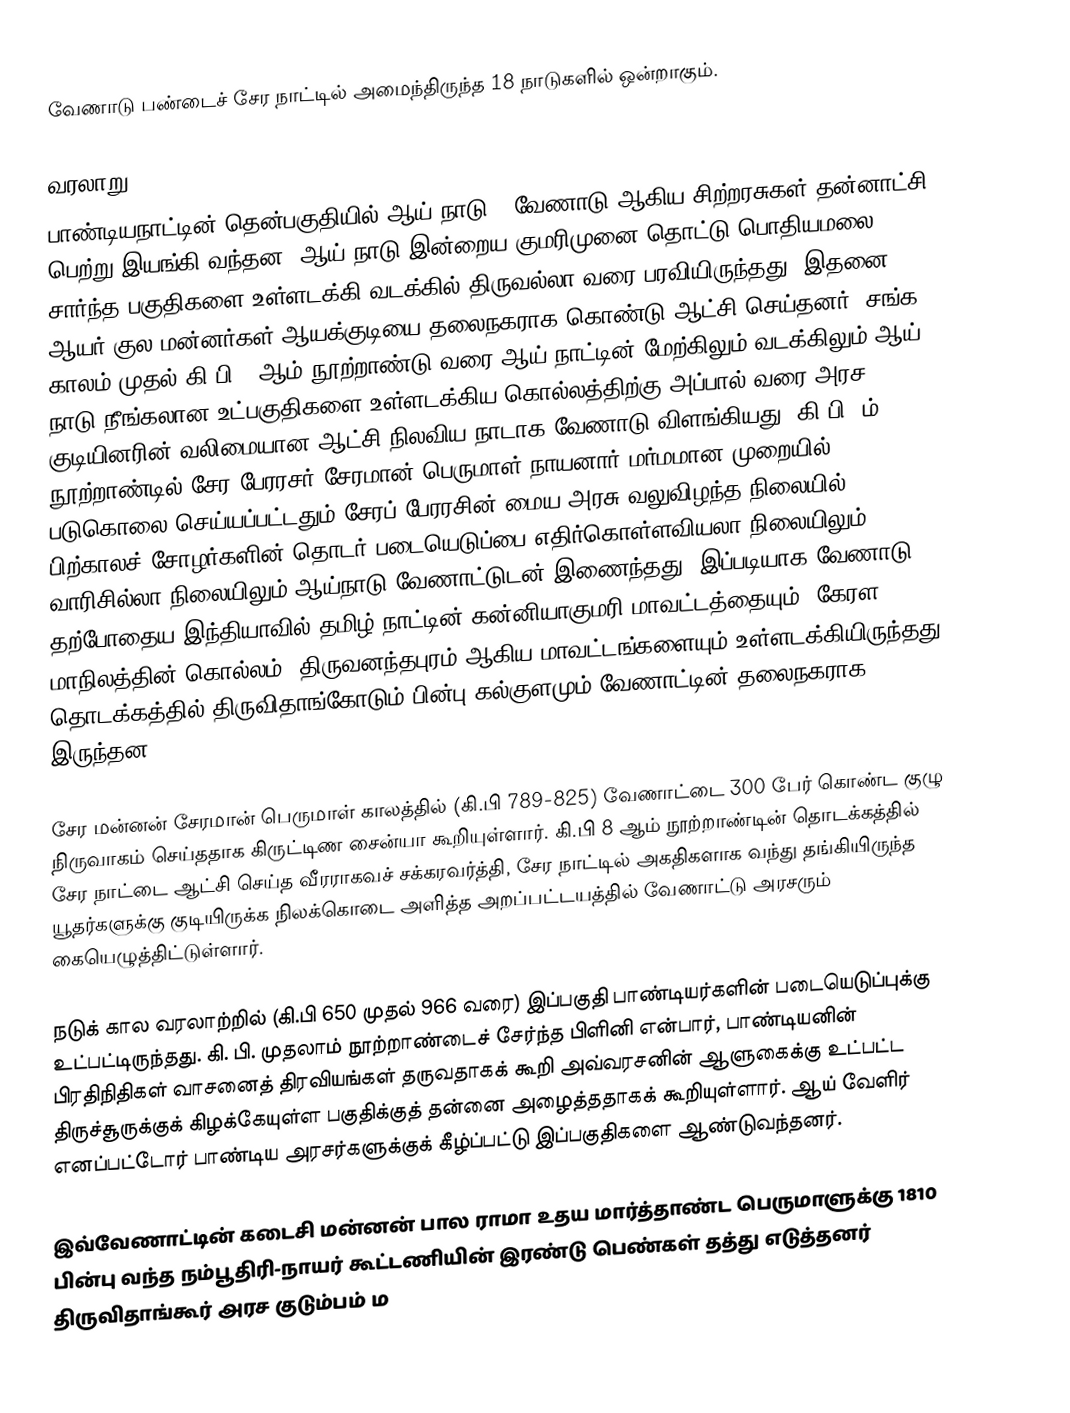
வேணாடு பண்டைச் சேர நாட்டில் அமைந்திருந்த 18 நாடுகளில் ஒன்றாகும்.

வரலாறு
பாண்டியநாட்டின் தென்பகுதியில் ஆய் நாடு , வேணாடு ஆகிய சிற்றரசுகள் தன்னாட்சி பெற்று இயங்கி வந்தன. ஆய் நாடு இன்றைய குமரிமுனை தொட்டு பொதியமலை சார்ந்த பகுதிகளை உள்ளடக்கி வடக்கில் திருவல்லா வரை பரவியிருந்தது. இதனை ஆயர் குல மன்னர்கள் ஆயக்குடியை தலைநகராக கொண்டு ஆட்சி செய்தனர். சங்க காலம் முதல் கி.பி 9 ஆம் நூற்றாண்டு வரை ஆய் நாட்டின் மேற்கிலும் வடக்கிலும் ஆய் நாடு நீங்கலான உட்பகுதிகளை உள்ளடக்கிய கொல்லத்திற்கு அப்பால் வரை அரச குடியினரின் வலிமையான ஆட்சி நிலவிய நாடாக வேணாடு விளங்கியது. கி.பி 9ம் நூற்றாண்டில் சேர பேரரசர் சேரமான் பெருமாள் நாயனார் மர்மமான முறையில் படுகொலை செய்யப்பட்டதும் சேரப் பேரரசின் மைய அரசு வலுவிழந்த நிலையில், பிற்காலச் சோழர்களின் தொடர் படையெடுப்பை எதிர்கொள்ளவியலா நிலையிலும், வாரிசில்லா நிலையிலும் ஆய்நாடு வேணாட்டுடன் இணைந்தது. இப்படியாக வேணாடு, தற்போதைய இந்தியாவில்  தமிழ் நாட்டின் கன்னியாகுமரி மாவட்டத்தையும்,  கேரள மாநிலத்தின் கொல்லம், திருவனந்தபுரம் ஆகிய மாவட்டங்களையும் உள்ளடக்கியிருந்தது. தொடக்கத்தில் திருவிதாங்கோடும் பின்பு கல்குளமும் வேணாட்டின் தலைநகராக இருந்தன.

சேர மன்னன் சேரமான் பெருமாள் காலத்தில் (கி.பி 789-825) வேணாட்டை 300 பேர் கொண்ட குழு நிருவாகம் செய்ததாக கிருட்டிண சைன்யா கூறியுள்ளார்.  கி.பி 8 ஆம் நூற்றாண்டின் தொடக்கத்தில் சேர நாட்டை ஆட்சி செய்த வீரராகவச் சக்கரவர்த்தி, சேர நாட்டில் அகதிகளாக வந்து தங்கியிருந்த யூதர்களுக்கு குடியிருக்க நிலக்கொடை அளித்த அறப்பட்டயத்தில் வேணாட்டு அரசரும் கையெழுத்திட்டுள்ளார்.

நடுக் கால வரலாற்றில் (கி.பி 650 முதல் 966 வரை) இப்பகுதி பாண்டியர்களின் படையெடுப்புக்கு உட்பட்டிருந்தது. கி. பி. முதலாம் நூற்றாண்டைச் சேர்ந்த பிளினி என்பார், பாண்டியனின் பிரதிநிதிகள் வாசனைத் திரவியங்கள் தருவதாகக் கூறி அவ்வரசனின் ஆளுகைக்கு உட்பட்ட திருச்சூருக்குக் கிழக்கேயுள்ள பகுதிக்குத் தன்னை அழைத்ததாகக் கூறியுள்ளார். ஆய் வேளிர் எனப்பட்டோர் பாண்டிய அரசர்களுக்குக் கீழ்ப்பட்டு இப்பகுதிகளை ஆண்டுவந்தனர்.

இவ்வேணாட்டின் கடைசி மன்னன்  பால ராமா உதய மார்த்தாண்ட பெருமாளுக்கு  1810 பின்பு வந்த நம்பூதிரி-நாயர் கூட்டணியின் இரண்டு பெண்கள் தத்து எடுத்தனர் திருவிதாங்கூர் அரச குடும்பம்  ம